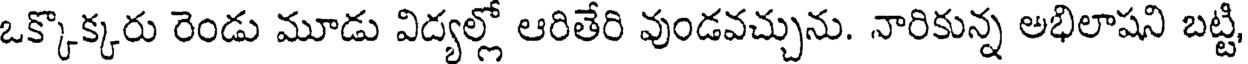
ఒక్కొక్కరు రెండు మూడు విద్యల్లో ఆరితేరి వుండవచ్చును. నారికున్న అభిలాషని బట్టి